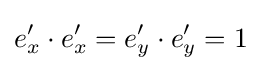
e_{x}'\cdot e_{x}'=e_{y}'\cdot e_{y}'=1